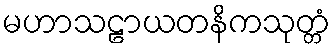
မဟာသဠာယတနိကသုတ္တံ